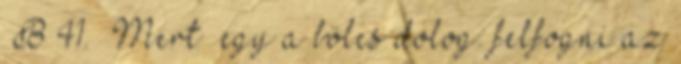
B 41. Mert egy a bölcs dolog: felfogni az